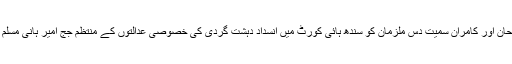
ملزمان فیصل، رضوان، فرحان اور کامران سمیت دس ملزمان کو سندھ ہائی کورٹ میں انسداد دہشت گردی کی خصوصی عدالتوں کے منتظم جج امیر ہانی مسلم کی عدالت میں پیش کیا گیا۔